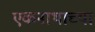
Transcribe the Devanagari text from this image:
एकनाथाच्या